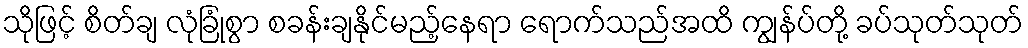
သိုဖြင့် စိတ်ချ လုံခြုံစွာ စခန်းချနိုင်မည့်နေရာ ရောက်သည်အထိ ကျွန်ပ်တို့ ခပ်သုတ်သုတ်